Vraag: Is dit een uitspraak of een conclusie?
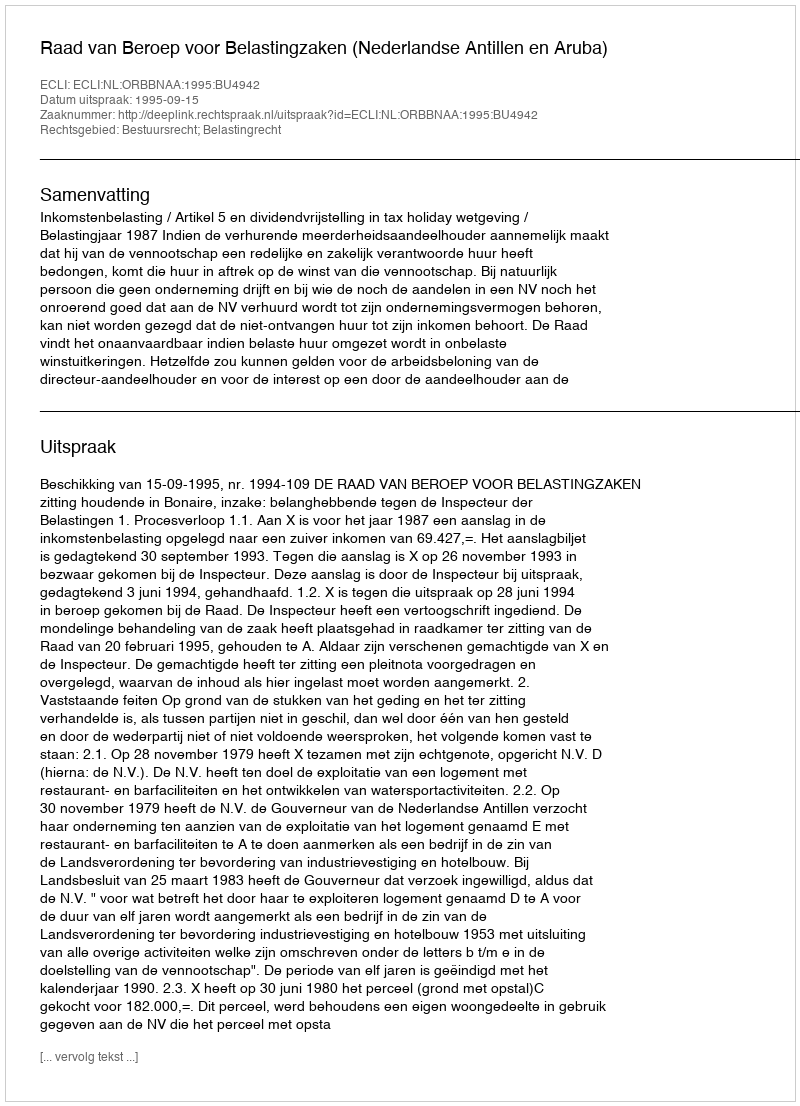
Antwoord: Uitspraak